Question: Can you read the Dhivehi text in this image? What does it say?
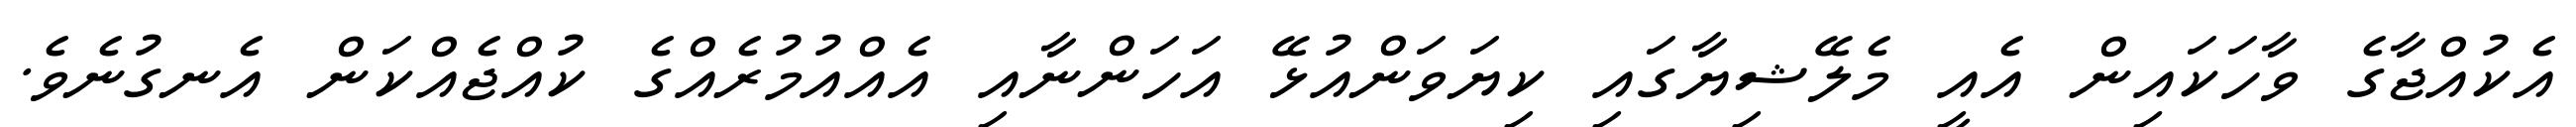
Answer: އެކުއްޖާގެ ވާހަކައިން އެއީ މެލޭޝިޔާގައި ކިޔަވަންއުޅޭ އަހަންނާއި އެއްއުމުރެއްގެ ކުއްޖެއްކަން އެނގުނެވެ.